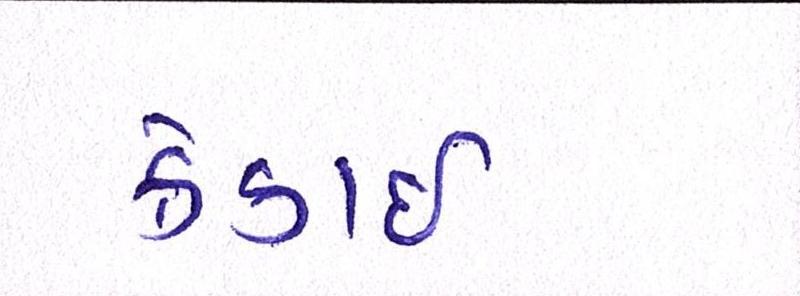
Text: ક્રેકાઇ